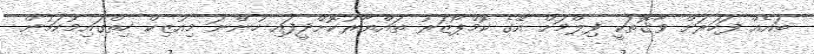
ބައެއް ފަހަރަށް ވާގޮތަކީ ފިލްމަށް އޭގެ ކޮމްޕޯޒަރު ތައްޔާރުކޮށްދީފައި ހުންނަ މިއުޒިކް ހިތްގައިމުކަމުން